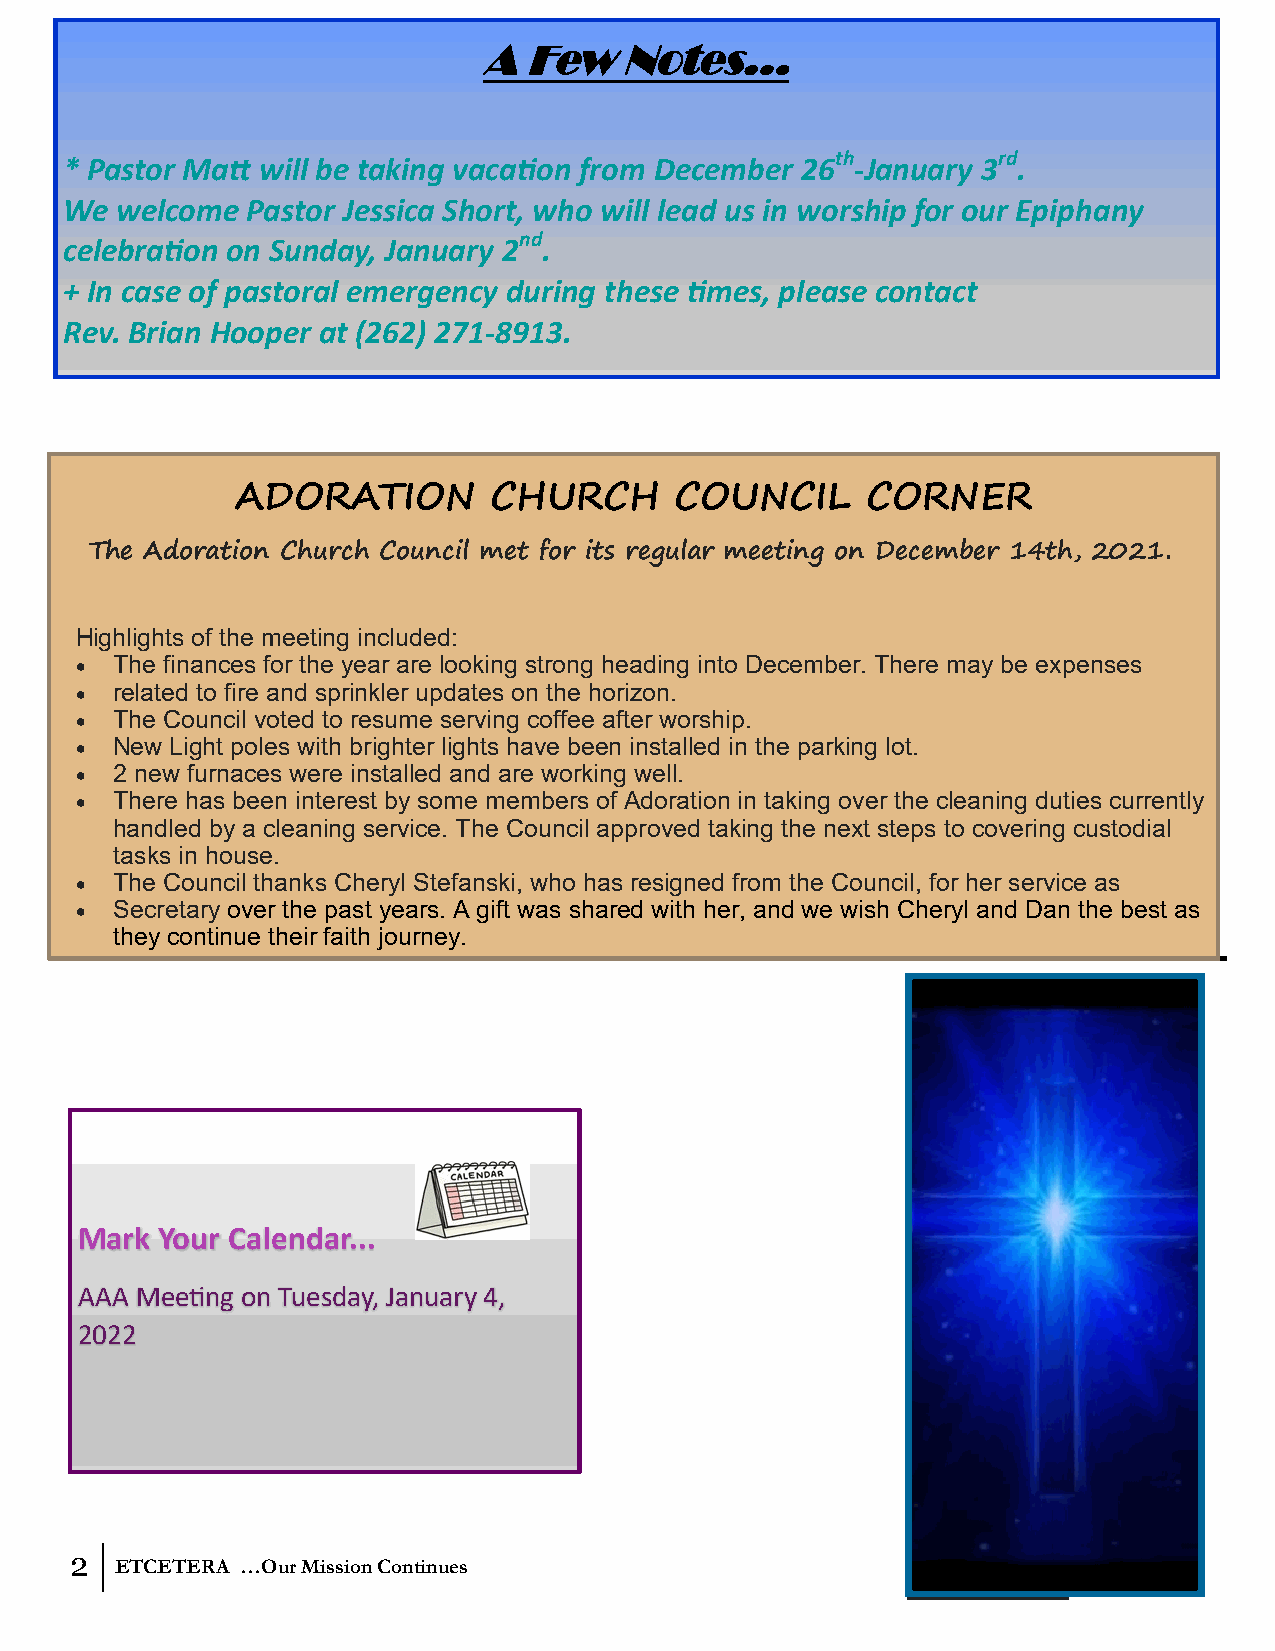
A  Few   Notes...
 th         rd
 * Pastor Matt will be taking vacation from December 26 -January 3 .
 We  welcome Pastor Jessica Short, who will lead us in worship for our Epiphany
 nd
 celebration on Sunday, January 2 .
 + In case of pastoral emergency during these times, please contact
 Rev. Brian Hooper at (262) 271-8913.
 ADORATION       CHURCH       COUNCIL     CORNER
 The Adoration Church Council met for its regular meeting on December 14th, 2021.
 Highlights of the meeting included:
 • The finances for the year are looking strong heading into December. There may be expenses
 • related to fire and sprinkler updates on the horizon.
 • The Council voted to resume serving coffee after worship.
 • New Light poles with brighter lights have been installed in the parking lot.
 • 2 new furnaces were installed and are working well.
 • There has been interest by some members of Adoration in taking over the cleaning duties currently
 handled by a cleaning service. The Council approved taking the next steps to covering custodial
 tasks in house.
 • The Council thanks Cheryl Stefanski, who has resigned from the Council, for her service as
 • Secretary over the past years. A gift was shared with her, and we wish Cheryl and Dan the best as
 they continue their faith journey.
 Mark  Your Calendar...
 AAA Meeting on Tuesday, January 4,
 2022
 2
 ETCETERA …Our Mission Continues